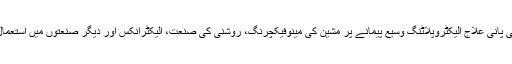
نکھٹو ٹیکنالوجی پانی علاج الیکٹروپلاٹنگ وسیع پیمانے پر مشین کی مینوفیکچرنگ، روشنی کی صنعت، الیکٹرانکس اور دیگر صنعتوں میں استعمال کیا جاتا ہے ۔